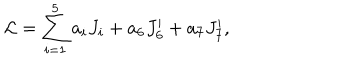
LaTeX: { \cal L } = \sum _ { i = 1 } ^ { 5 } a _ { i } J _ { i } + a _ { 6 } J _ { 6 } ^ { \prime } + a _ { 7 } J _ { 7 } ^ { \prime } ,